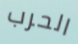
الحرب